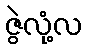
ဇွဲလုံ့လ